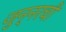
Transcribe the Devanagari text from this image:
जुन्‍नरची